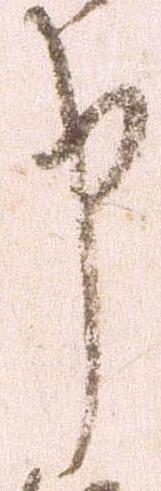
申